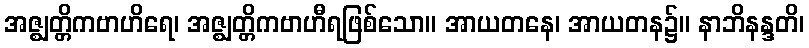
အဇ္ဈတ္တိကဗာဟိရေ၊ အဇ္ဈတ္တိကဗာဟီရဖြစ်သော။ အာယတနေ၊ အာယတန၌။ နာဘိနန္ဒတိ၊